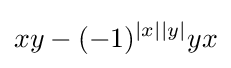
xy-(-1)^{|x||y|}yx